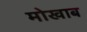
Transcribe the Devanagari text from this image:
मोखाब